Report on vaccination in Madras 1895-1903 - 1895-1903
Year: 1895
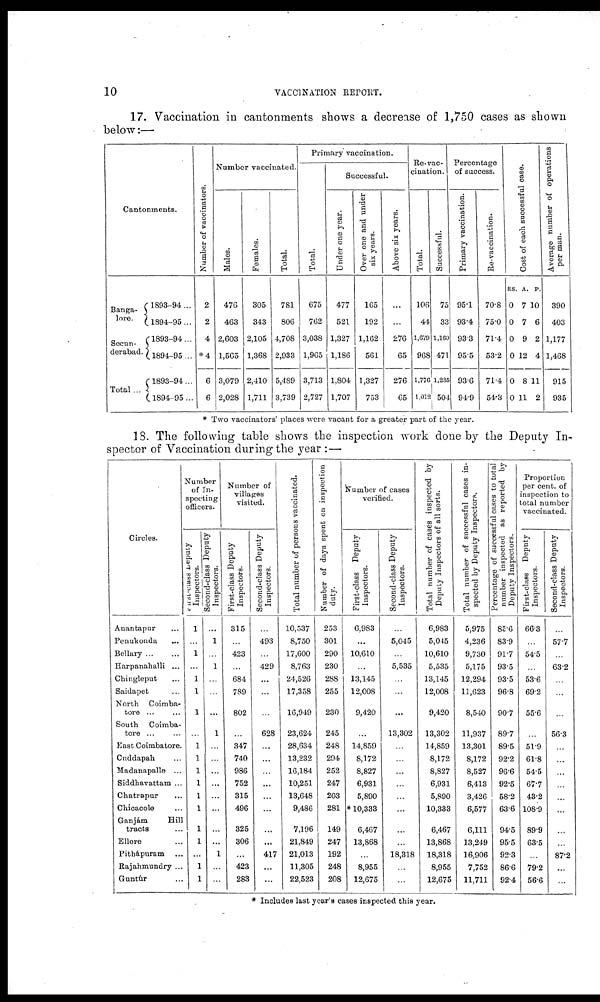
10
VACCINATION REPORT.
17. Vaccination in cantonments shows a decrease of 1,750 cases as shown
below:—
Cantonments.
Banga¬
lore.
Secun¬
derabad.
Total...
1893-94...
1894-95...
1893-94...
1894-95...
1893-94...
1894-95...
Number of vaccinators.
2
2
4
*4
6
6
Number vaccinated.
Males.
476
463
2,603
1,565
3,079
2,028
Females.
305
343
2,105
1,368
2,410
1,711
Total.
781
806
4,708
2,933
5,489
3,739
Primary vaccination.
Total.
675
762
3,038
1,965
3,713
2,727
Successful.
Under one year.
477
521
1,327
1,186
1,804
1,707
Over one and under
six years.
165
192
1,162
561
1,327
753
Above six years.
...
...
276
65
276
65
Re-vac-
cination.
Total.
106
44
1,079
968
1,770
1,012
Successful.
75
33
1,100
471
1,235
504
Percentage
of success.
Primary vaccination.
95.1
93.4
93.3
95.5
93.6
94.9
Re-vaccination.
70.8
75.0
71.4
53.2
71.4
54.3
Cost of each successful case.
RS.
0
0
0
0
0
0
A.
7
7
9
12
8
11
P.
10
6
2
4
11
2
Average number of operations
per man.
390
403
1,177
1,468
915
935
* Two vaccinators' places were vacant for a greater part of the year.
18. The following table shows the inspection work done by the Deputy In-
spector of Vaccination during the year :—
Circles.
Anantapur ...
Penukonda ...
Bellary ... ...
Harpanahalli ...
Chingleput ...
Saidapet ...
North Coimba¬
tore ... ...
South Coimba¬
tore ... ...
East Coimbatore.
Cuddapah ...
Madanapalle ...
Siddhavattam ...
Chatrapur ...
Chicacole ...
Ganjám
Hill
tracts ...
Ellore ...
Pithápuram ...
Rajahmundry ...
Guntúr ...
Number
of In-
specting
officers.
Inspectors.
1
...
1
...
1
1
1
...
...
...
...
...
...
...
...
...
...
...
...
Second-class Deputy
Inspectors.
...
1
...
1
...
...
...
1
...
...
...
...
...
...
...
...
1
...
...
Number of
villages
visited.
First-class Deputy
Inspectors.
315
...
423
...
684
789
802
...
347
740
986
752
315
496
325
306
...
423
283
Second-class Deputy
Inspectors.
...
493
...
429
...
...
...
628
...
...
...
...
...
...
...
...
417
...
...
Total number of persons vaccinated.
10,537
8,750
17,600
8,763
24,526
17,358
16,949
23,624
28,634
13,232
16,184
10,251
13,648
9,486
7,196
21,849
21,013
11,305
22,523
Number of days spent on inspection
duty.
253
301
290
230
288
255
230
245
248
294
252
247
203
281
149
247
192
248
208
Number of cases
verified.
First-class Deputy
Inspectors.
6,983
...
10,610
...
13,145
12,008
9,420
...
14,859
8,172
8,827
6,931
5,890
* 10,333
6,467
13,868
...
8,955
12,675
Second -class Deputy
Inspectors.
...
5,045
...
5,535
...
...
...
13,302
...
...
...
...
...
...
...
...
18,318
...
...
Total number of cases inspected by
Deputy Inspectors of all sorts.
6,983
5,045
10,610
5,535
13,145
12,008
9,420
13,302
14,859
8,172
8,827
6,931
5,890
10,333
6,467
13,868
18,318
8,955
12,675
Total number of successful cases in-
spected by Deputy Inspectors.
5,975
4,236
9,730
5,175
12,294
11,623
8,540
11,937
13,301
8,172
8,527
6,413
3,426
6,577
6,111
13,249
16,906
7,752
11,711
Percentage of successful cases to total
number inspected as reported by
Deputy Inspectors.
85.6
83.9
91.7
93.5
93.5
96.8
90.7
89.7
89.5
92.2
96.6
92.5
58.2
63.6
94.5
95.5
92.3
86.6
92.4
Proportion
per cent. of
inspection to
total number
vaccinated.
First-class Deputy
Inspectors.
66.3
...
54.5
...
53.6
69.2
55.6
...
51.9
61.8
54.5
67.7
43.2
108.9
89.9
63.5
...
79.2
56.6
Second-class Deputy
Inspectors.
...
57.7
...
63.2
...
...
...
56.3
...
...
...
...
...
...
...
...
87.2
...
...
* Includes last year's cases inspected this year.